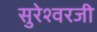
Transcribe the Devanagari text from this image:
सुरेश्वरजी